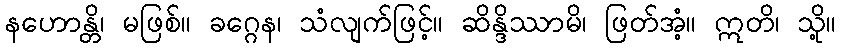
နဟောန္တိ၊ မဖြစ်။ ခဂ္ဂေန၊ သံလျက်ဖြင့်။ ဆိန္ဒိဿာမိ၊ ဖြတ်အံ့။ ဣတိ၊ သို့။